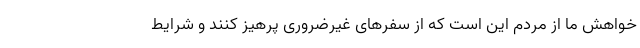
خواهش ما از مردم این است که از سفرهای غیرضروری پرهیز کنند و شرایط